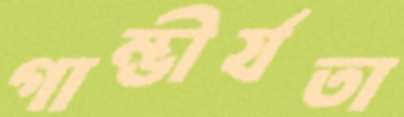
গাম্ভীর্যতা